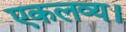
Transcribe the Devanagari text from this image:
एकलव्य।